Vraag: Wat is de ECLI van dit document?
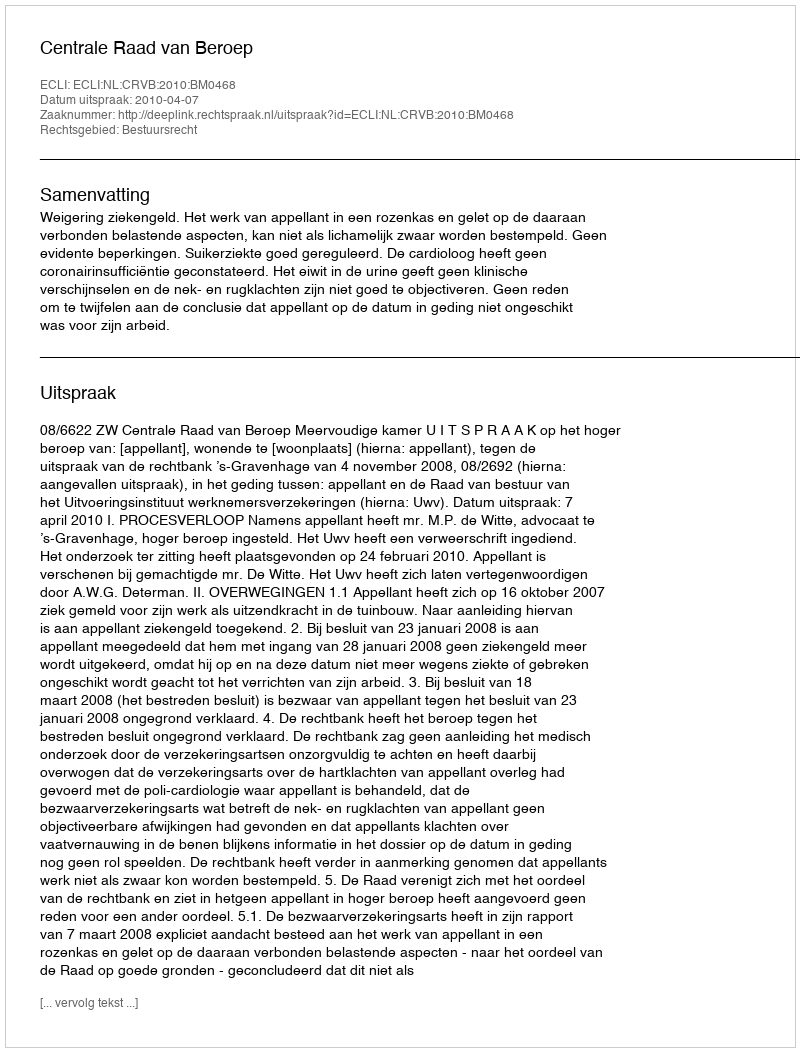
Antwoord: ECLI:NL:CRVB:2010:BM0468